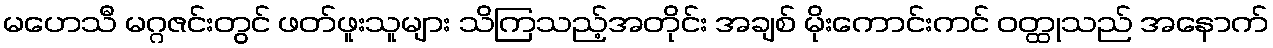
မဟေသီ မဂ္ဂဇင်းတွင် ဖတ်ဖူးသူများ သိကြသည့်အတိုင်း အချစ် မိုးကောင်းကင် ဝတ္ထုသည် အနောက်